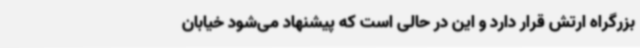
بزرگراه ارتش قرار دارد و این در حالی است که پیشنهاد می‌شود خیابان